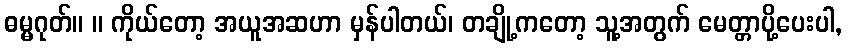
ဓမ္မဂုတ်။ ။ ကိုယ်တော့ အယူအဆဟာ မှန်ပါတယ်၊ တချို့ကတော့ သူ့အတွက် မေတ္တာပို့ပေးပါ,